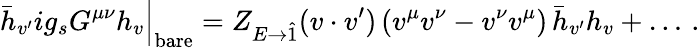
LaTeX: \bar{h}_{v^{\prime}}ig_{s}G^{\mu\nu}h_{v}\Big|_{\mathrm{bare}}=Z_{E\to\hat{1}}(v\cdot v^{\prime})\, (v^{\mu}v^{\nu}-v^{\nu}v^{\mu})\, \bar{h}_{v^{\prime}}h_{v}+\dots\, .